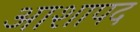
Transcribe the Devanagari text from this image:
आशापद